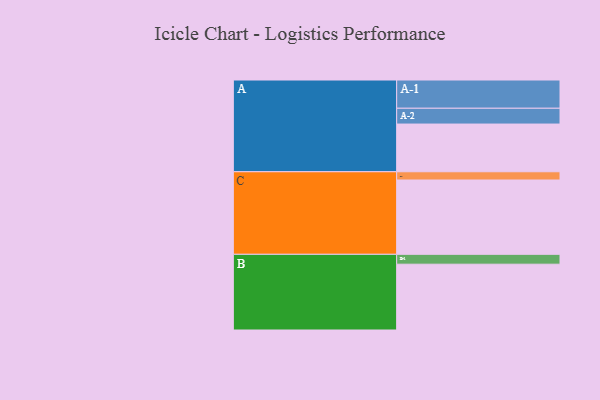
{"axis": {"x": "Segment", "y": "Value"}, "legend": ["", "A", "B", "C"], "data": [{"x": "A", "y": 353, "type": ""}, {"x": "B", "y": 487, "type": ""}, {"x": "C", "y": 550, "type": ""}, {"x": "A-1", "y": 209, "type": "A"}, {"x": "A-2", "y": 117, "type": "A"}, {"x": "B-1", "y": 73, "type": "B"}, {"x": "C-1", "y": 61, "type": "C"}]}